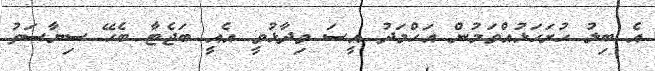
އެ ބިލު ހުށަހަޅުއްވަމުން އަހްމަދު އީސަ ވިދާޅުވީ އެއީ ބަޖެޓާ ބެހޭ ސިޔާސަތު